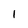
Character: 1